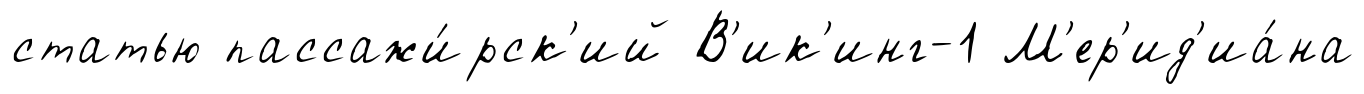
статью пассажи́рск'ий В'ик'инг-1 М'ер'ид'иа́на